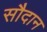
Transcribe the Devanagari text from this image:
सौदान